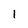
Character: 1